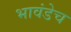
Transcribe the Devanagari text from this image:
भावंडेच